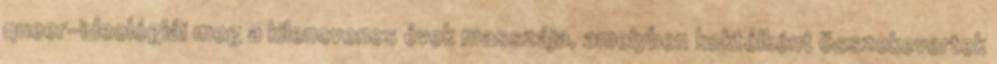
queer-ideológiái meg a kilencvenes évek masszája, amelyben koktélként összekevertek